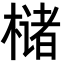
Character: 槠